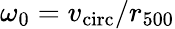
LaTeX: \omega_{0}=v_{\mathrm{circ}}/r_{500}